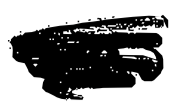
Text: was
Cross-out: scratch
Writing tool: digital_black